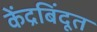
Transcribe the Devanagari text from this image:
केंद्रबिंदूत